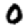
Digit: 0